Report of an investigation of the epidemic of malarial fever in Assam, or, kala-azar
Disease focus: Malaria
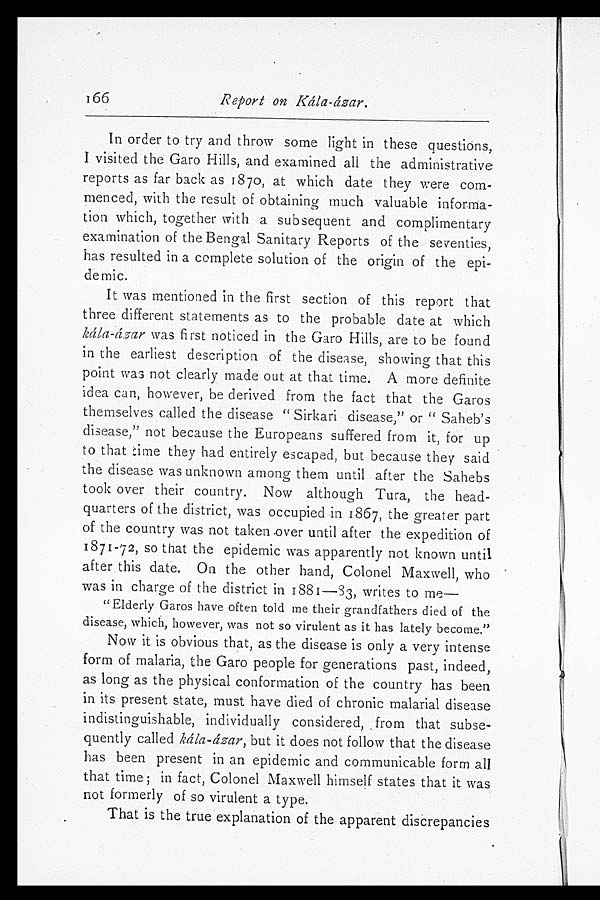
166
Report on Kála-ázar.
In order to try and throw some light in these questions,
I visited the Garo Hills, and examined all the administrative
reports as far back as 1870, at which date they were com-
menced, with the result of obtaining much valuable informa-
tion which, together with a subsequent and complimentary
examination of the Bengal Sanitary Reports of the seventies,
has resulted in a complete solution of the origin of the epi-
demic.
It was mentioned in the first section of this report that
three different statements as to the probable date at which
kála-ázar was first noticed in the Garo Hills, are to be found
in the earliest description of the disease, showing that this
point was not clearly made out at that time. A more definite
idea can, however, be derived from the fact that the Garos
themselves called the disease "Sirkari disease," or "Saheb's
disease," not because the Europeans suffered from it, for up
to that time they had entirely escaped, but because they said
the disease was unknown among them until after the Sahebs
took over their country. Now although Tura, the head-
quarters of the district, was occupied in 1867, the greater part
of the country was not taken over until after the expedition of
1871-72, so that the epidemic was apparently not known until
after this date. On the other hand, Colonel Maxwell, who
was in charge of the district in 1881—83, writes to me
—
" Elderly Garos have often told me their grandfathers died of the
disease, which, however, was not so virulent as it has lately become."
Now it is obvious that, as the disease is only a very intense
form of malaria, the Garo people for generations past, indeed,
as long as the physical conformation of the country has been
in its present state, must have died of chronic malarial disease
indistinguishable, individually considered, from that subse-
quently called kála-ázar, but it does not follow that the disease
has been present in an epidemic and communicable form all
that time; in fact, Colonel Maxwell himself states that it was
not formerly of so virulent a type.
That is the true explanation of the apparent discrepancies